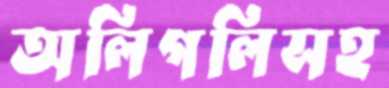
অলিগলিসহ